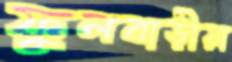
ফুলবাড়ীয়া